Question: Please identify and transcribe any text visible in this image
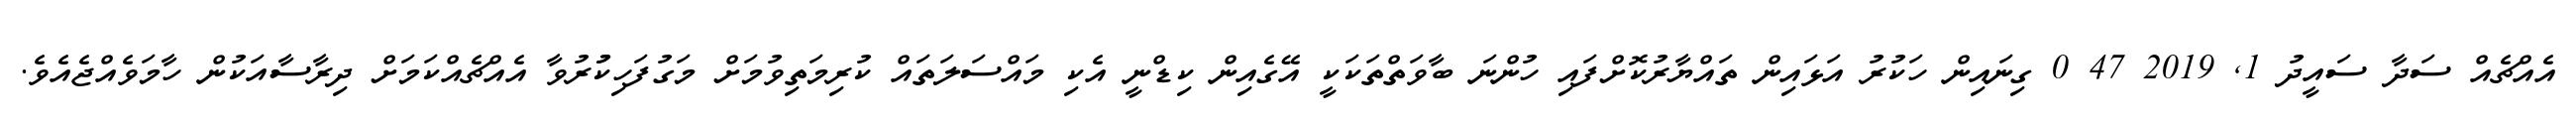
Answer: އެއްޗެއް ސަދާ ސައީދު 1, 2019 47 0 ގިނައިން ހަކުރު އަޅައިން ތައްޔާރުކޮށްފައި ހުންނަ ބާވަތްތަކަކީ އޭގެއިން ކިޑްނީ އެކި މައްސަލަތައް ކުރިމަތިވުމަށް މަގުފަހިކުުރުވާ އެއްޗެއްކަމަށް ދިރާސާއަކުން ހާމަވެއްޖެއެވެ.